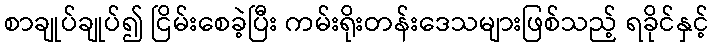
စာချုပ်ချုပ်၍ ငြိမ်းစေခဲ့ပြီး ကမ်းရိုးတန်းဒေသများဖြစ်သည့် ရခိုင်နှင့်